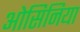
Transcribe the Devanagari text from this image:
ओसिनिया